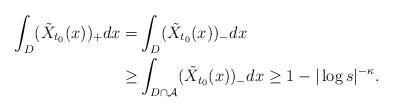
LaTeX: \begin{align*}\int_D (\tilde{X}_{t_0}(x))_+ dx= & \int_D (\tilde{X}_{t_0}(x))_{-} dx \\\geq & \int_{D\cap \mathcal{A}} (\tilde{X}_{t_0}(x))_{-} dx\ge 1- |\log s|^{-\kappa}.\end{align*}